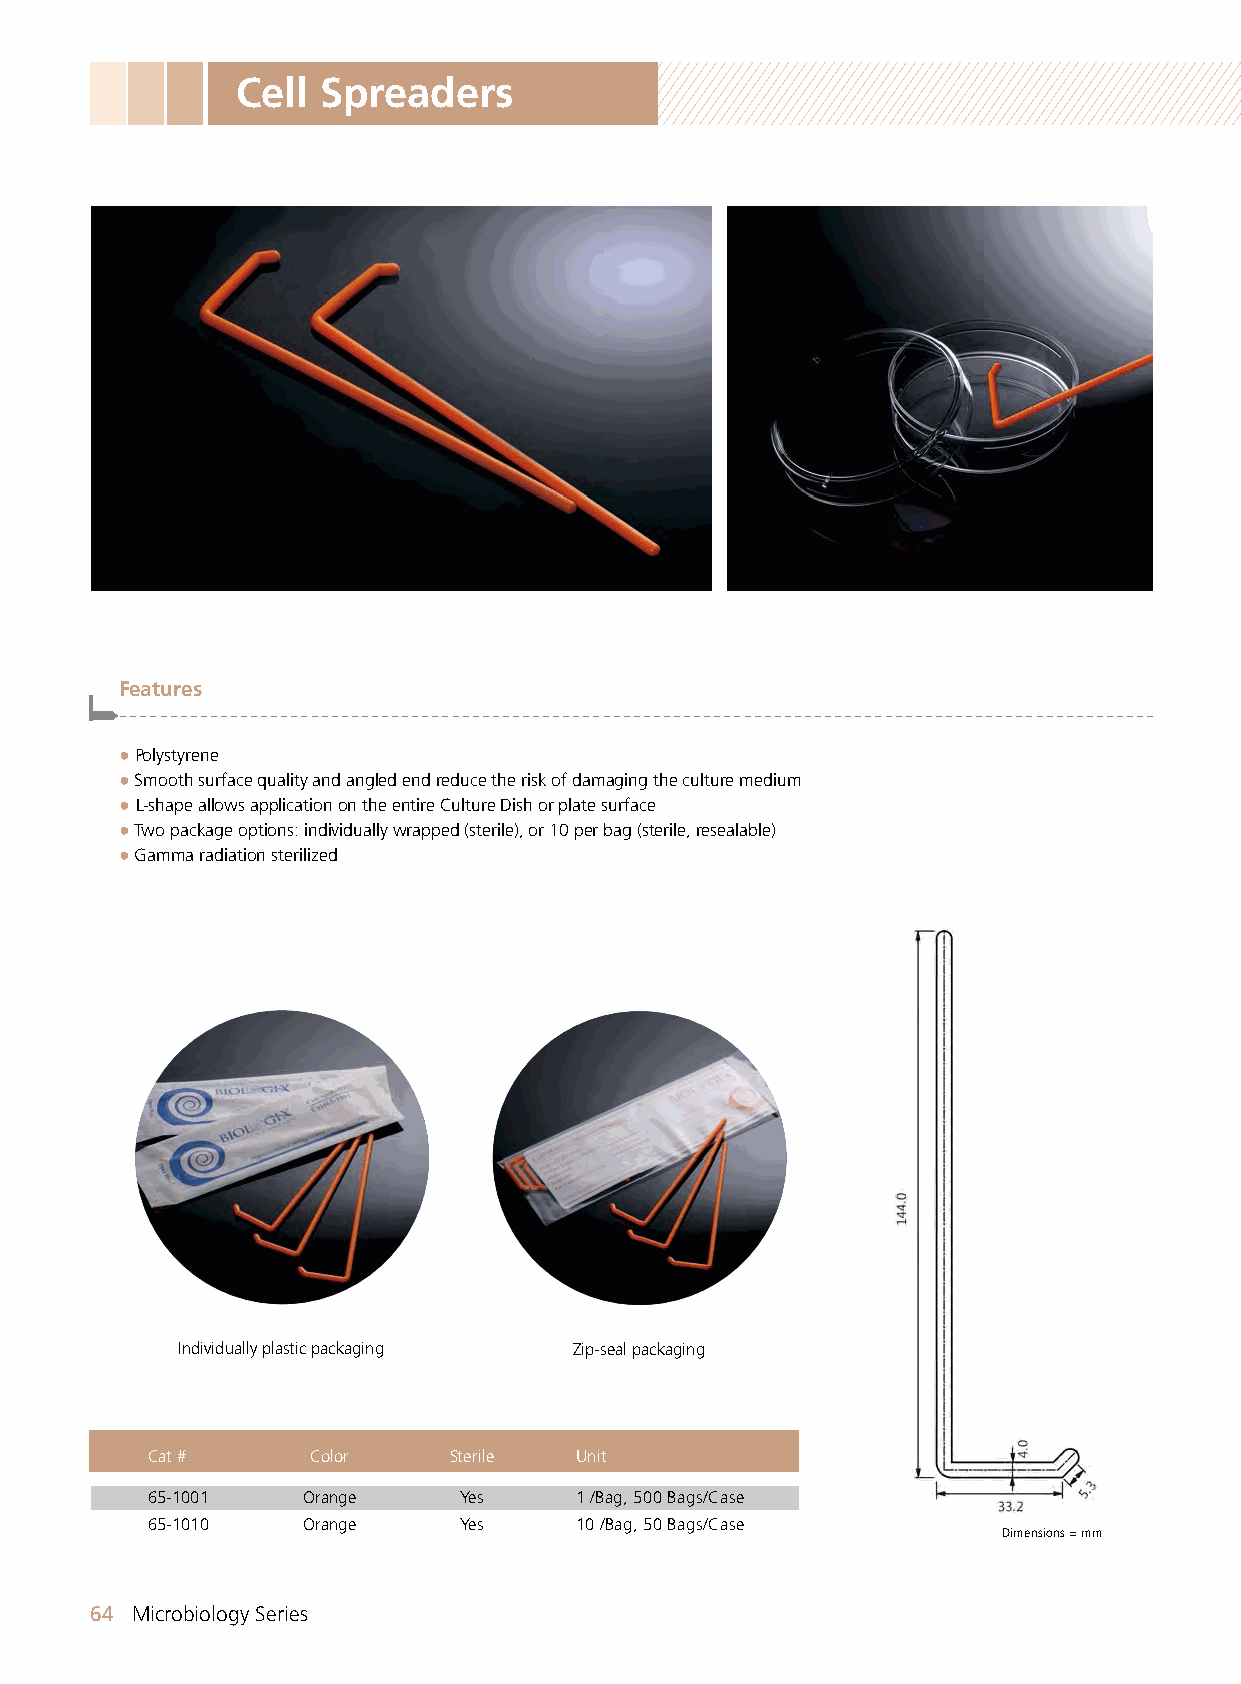
Cell Spreaders
 Features
 -------------------------------------------------------------------------------------------------------
 ●Polystyrene
 ● Smooth surface quality and angled end reduce the risk of damaging the culture medium
 ● L-shape allows application on the entire Culture Dish or plate surface
 ● Two package options: individually wrapped (sterile), or 10 per bag (sterile, resealable)
 ● Gamma radiation sterilized
 Individually plastic packaging Zip-seal packaging
 Cat #      Color    Sterile Unit
 65-1001   Orange    Yes     1 /Bag, 500 Bags/Case
 65-1010   Orange    Yes     10 /Bag, 50 Bags/Case
 Dimensions = mm
 64 Microbiology Series